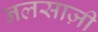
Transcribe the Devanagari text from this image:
नलसाज़ी